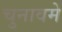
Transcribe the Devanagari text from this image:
चुनावमे